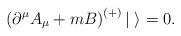
LaTeX: \begin{align*}\left( \partial^{\mu}A_{\mu} + mB\right)^{(+)}|\;\rangle = 0 .\end{align*}